Indian journal of veterinary science and animal husbandry - Volume 12,
Year: 1942
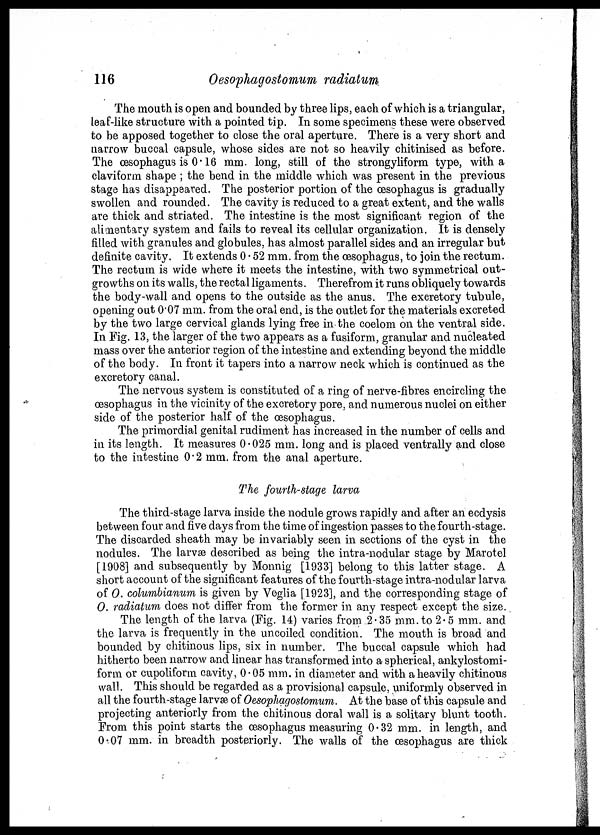
116
Oesophagostomum radiatum
The mouth is open and bounded by three lips, each of which is a triangular,
leaf-like structure with a pointed tip. In some specimens these were observed
to be apposed together to close the oral aperture. There is a very short and
narrow buccal capsule, whose sides are not so heavily chitinised as before.
The œsophagus is 0.16 mm. long, still of the strongyliform type, with a
claviform shape ; the bend in the middle which was present in the previous
stage has disappeared. The posterior portion of the œsophagus is gradually
swollen and rounded. The cavity is reduced to a great extent, and the walls
are thick and striated. The intestine is the most significant region of the
alimentary system and fails to reveal its cellular organization. It is densely
filled with granules and globules, has almost parallel sides and an irregular but
definite cavity. It extends 0.52 mm. from the œsophagus, to join the rectum.
The rectum is wide where it meets the intestine, with two symmetrical out-
growths on its walls, the rectal ligaments. Therefrom it runs obliquely towards
the body-wall and opens to the outside as the anus. The excretory tubule,
opening out 0.07 mm. from the oral end, is the outlet for the materials excreted
by the two large cervical glands lying free in the coelom on the ventral side.
In Fig. 13, the larger of the two appears as a fusiform, granular and nucleated
mass over the anterior region of the intestine and extending beyond the middle
of the body. In front it tapers into a narrow neck which is continued as the
excretory canal.
The nervous system is constituted of a ring of nerve-fibres encircling the
œsophagus in the vicinity of the excretory pore, and numerous nuclei on either
side of the posterior half of the œsophagus.
The primordial genital rudiment has increased in the number of cells and
in its length. It measures 0.025 mm. long and is placed ventrally and close
to the intestine 0.2 mm. from the anal aperture.
The fourth-stage larva
The third-stage larva inside the nodule grows rapidly and after an ecdysis
between four and five days from the time of ingestion passes to the fourth-stage.
The discarded sheath may be invariably seen in sections of the cyst in the
nodules. The larvæ described as being the intra-nodular stage by Marotel
[1908] and subsequently by Monnig [1933] belong to this latter stage. A
short account of the significant features of the fourth-stage intra-nodular larva
of O. columbianum is given by Veglia [1923], and the corresponding stage of
O. radiatum does not differ from the former in any respect except the size.
The length of the larva (Fig. 14) varies from 2.35 mm. to 2.5 mm. and
the larva is frequently in the uncoiled condition. The mouth is broad and
bounded by chitinous lips, six in number. The buccal capsule which had
hitherto been narrow and linear has transformed into a spherical, ankylostomi¬
form or cupoliform cavity, 0.05 mm. in diameter and with a heavily chitinous
wall. This should be regarded as a provisional capsule, uniformly observed in
all the fourth-stage larvæ of Oesophagostomum. At the base of this capsule and
projecting anteriorly from the chitinous doral wall is a solitary blunt tooth.
From this point starts the œsophagus measuring 0.32 mm. in length, and
0.07 mm. in breadth posteriorly. The walls of the œsophagus are thick